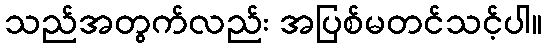
သည်အတွက်လည်း အပြစ်မတင်သင့်ပါ။